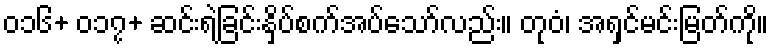
၀၁၆+ ၀၁၇+ ဆင်းရဲခြင်းနှိပ်စက်အပ်သော်လည်း။ တုဝံ၊ အရှင်မင်းမြတ်ကို။